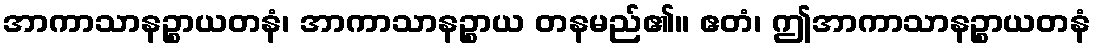
အာကာသာနဉ္စာယတနံ၊ အာကာသာနဉ္စာယ တနမည်၏။ ဧတံ၊ ဤအာကာသာနဉ္စာယတနံ